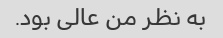
به نظر من عالی بود.